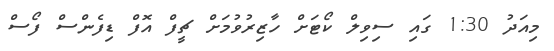
މިއަދު 1:30 ގައި ސިވިލް ކޯޓަށް ހާޒިރުވުމަށް ޗީފް އޮފް ޑިފެންސް ފޯސް